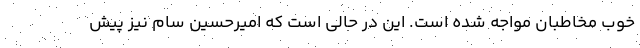
خوب مخاطبان مواجه شده است. این در حالی است که امیرحسین سام نیز پیش